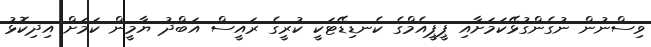
ވިސްނުން ނުގެންގުޅޭކަމަށާއި ޕީޕީއެމްގެ ކެނޑިޑޭޓަކީ ކުރީގެ ރައީސް އަބްދު ޔާމީން ކަމަށް އިދިކޮޅު